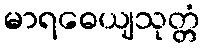
မာရဓေယျသုတ္တံ